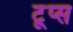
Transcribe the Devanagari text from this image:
टूप्स